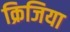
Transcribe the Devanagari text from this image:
क्रिजिया